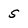
Character: 5